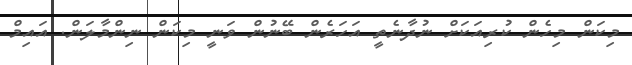
މިކަން މިހެން ކުރިއަކަށް ނުދާނެތީ އަހަރެން ބޭނުން ވަނީ މިކަން ނިންމާލަން. އައިމް